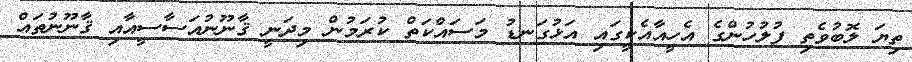
ތިޔަ ލޮބުވެތި ފުލުހުންގެ އެހީއާއެކީގައި އަޅުގަނޑު މަސައްކަތް ކުރަމުން މިދަނީ ޤާނޫނުއަސާސީއާއި ޤާނޫނުތައް